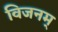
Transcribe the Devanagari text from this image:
विजनम्